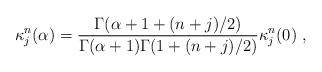
LaTeX: \begin{align*}\kappa^n_j(\alpha)=\frac{\Gamma(\alpha + 1+(n + j)/2)}{\Gamma(\alpha + 1)\Gamma(1+(n +j)/2)}\kappa^n_j(0)\ ,\end{align*}